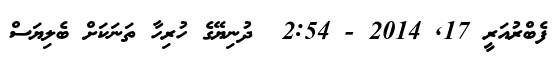
ފެބްރުއަރީ 17